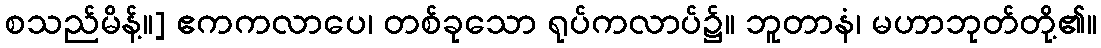
စသည်မိန့်။] ဧကကလာပေ၊ တစ်ခုသော ရုပ်ကလာပ်၌။ ဘူတာနံ၊ မဟာဘုတ်တို့၏။